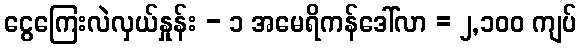
ငွေကြေးလဲလှယ်နှုန်း - ၁ အမေရိကန်ဒေါ်လာ = ၂,၁၀၀ ကျပ်